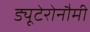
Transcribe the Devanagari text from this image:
ड्यूटेरोनौमी